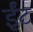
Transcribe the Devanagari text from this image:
र्इंट